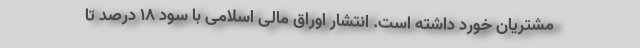
مشتریان خورد داشته است. انتشار اوراق مالی اسلامی با سود 18 درصد تا